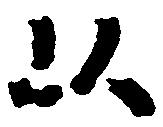
以